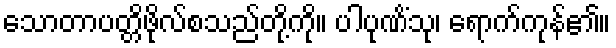
သောတာပတ္တိဖိုလ်စသည်တို့ကို။ ပါပုဏိံသု၊ ရောက်ကုန်၏။